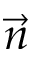
\vec { n }